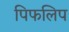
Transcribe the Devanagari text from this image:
पिफलिप